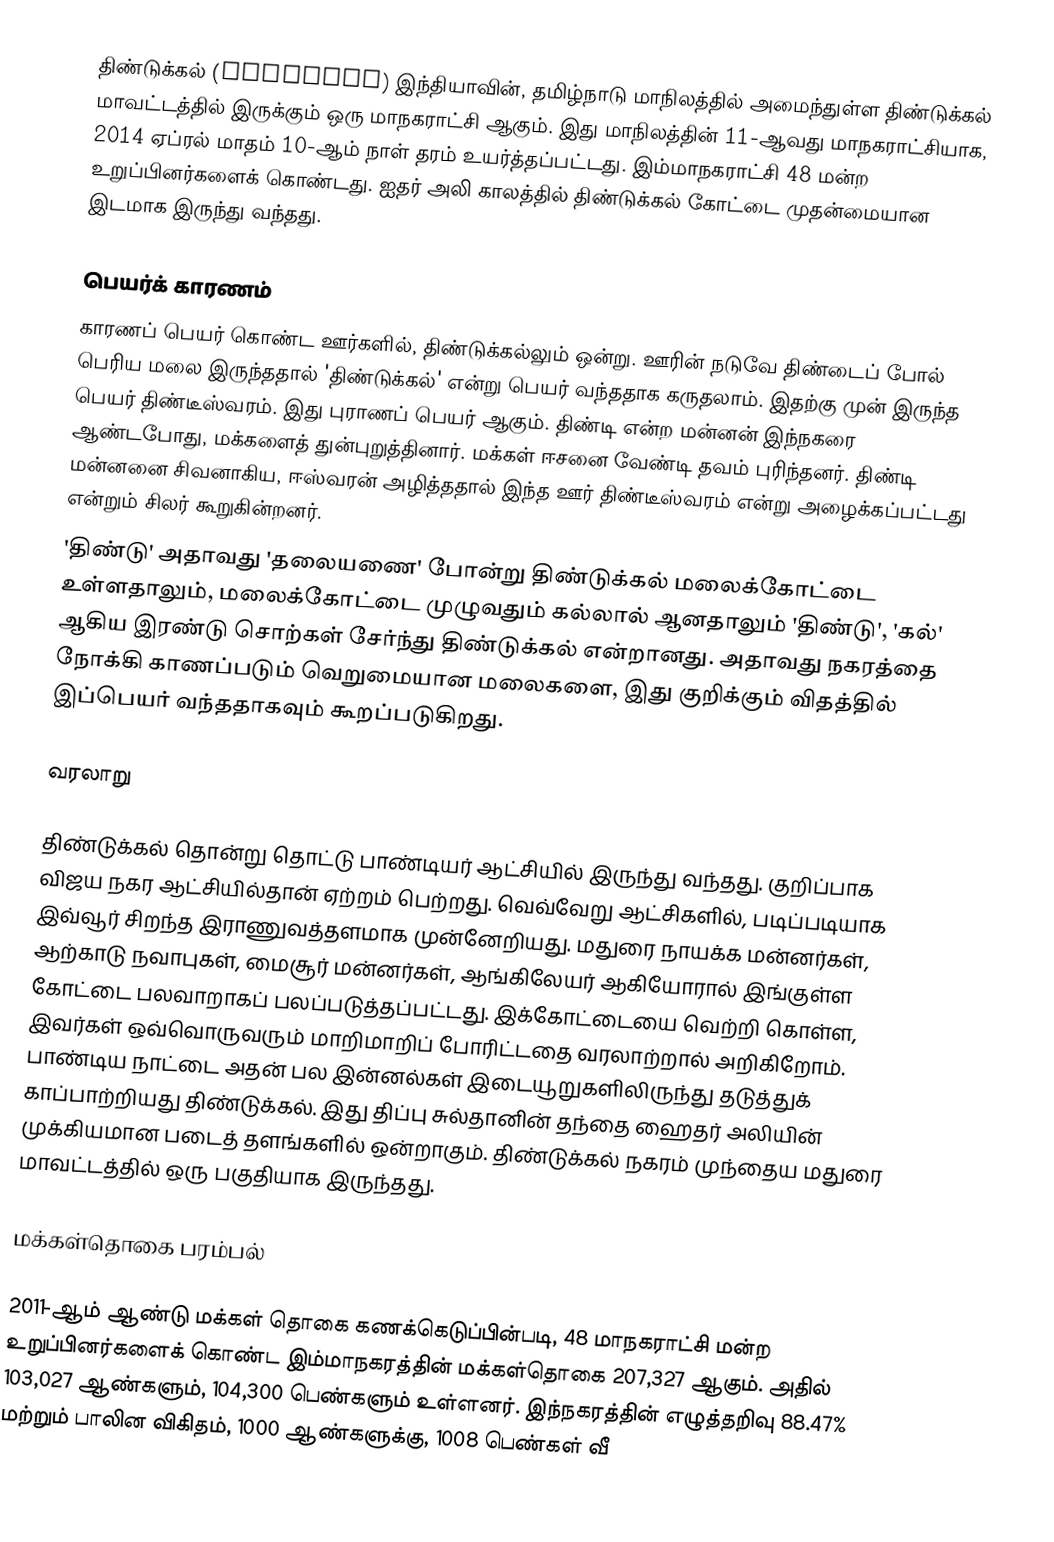
திண்டுக்கல் (Dindigul) இந்தியாவின், தமிழ்நாடு மாநிலத்தில் அமைந்துள்ள திண்டுக்கல் மாவட்டத்தில் இருக்கும் ஒரு மாநகராட்சி ஆகும். இது மாநிலத்தின் 11-ஆவது மாநகராட்சியாக, 2014 ஏப்ரல் மாதம் 10-ஆம் நாள் தரம் உயர்த்தப்பட்டது. இம்மாநகராட்சி 48 மன்ற உறுப்பினர்களைக் கொண்டது. ஐதர் அலி காலத்தில் திண்டுக்கல் கோட்டை முதன்மையான இடமாக இருந்து வந்தது.

பெயர்க் காரணம்
 காரணப் பெயர் கொண்ட ஊர்களில், திண்டுக்கல்லும் ஒன்று. ஊரின் நடுவே திண்டைப் போல் பெரிய மலை இருந்ததால் 'திண்டுக்கல்' என்று பெயர் வந்ததாக கருதலாம். இதற்கு முன் இருந்த பெயர் திண்டீஸ்வரம். இது புராணப் பெயர் ஆகும். திண்டி என்ற மன்னன் இந்நகரை ஆண்டபோது, மக்களைத் துன்புறுத்தினார். மக்கள் ஈசனை வேண்டி தவம் புரிந்தனர். திண்டி மன்னனை சிவனாகிய, ஈஸ்வரன் அழித்ததால் இந்த ஊர் திண்டீஸ்வரம் என்று அழைக்கப்பட்டது என்றும் சிலர் கூறுகின்றனர்.
 'திண்டு' அதாவது 'தலையணை' போன்று திண்டுக்கல் மலைக்கோட்டை உள்ளதாலும், மலைக்கோட்டை முழுவதும் கல்லால் ஆனதாலும் 'திண்டு', 'கல்' ஆகிய இரண்டு சொற்கள் சேர்ந்து திண்டுக்கல் என்றானது. அதாவது நகரத்தை நோக்கி காணப்படும் வெறுமையான மலைகளை, இது குறிக்கும் விதத்தில் இப்பெயர் வந்ததாகவும் கூறப்படுகிறது.

வரலாறு

திண்டுக்கல் தொன்று தொட்டு பாண்டியர் ஆட்சியில் இருந்து வந்தது. குறிப்பாக விஜய நகர ஆட்சியில்தான் ஏற்றம் பெற்றது. வெவ்வேறு ஆட்சிகளில், படிப்படியாக இவ்வூர் சிறந்த இராணுவத்தளமாக முன்னேறியது. மதுரை நாயக்க மன்னர்கள், ஆற்காடு நவாபுகள், மைசூர் மன்னர்கள், ஆங்கிலேயர் ஆகியோரால் இங்குள்ள கோட்டை பலவாறாகப் பலப்படுத்தப்பட்டது. இக்கோட்டையை வெற்றி கொள்ள, இவர்கள் ஒவ்வொருவரும் மாறிமாறிப் போரிட்டதை வரலாற்றால் அறிகிறோம். பாண்டிய நாட்டை அதன் பல இன்னல்கள் இடையூறுகளிலிருந்து தடுத்துக் காப்பாற்றியது திண்டுக்கல். இது திப்பு சுல்தானின் தந்தை ஹைதர் அலியின் முக்கியமான படைத் தளங்களில் ஒன்றாகும். திண்டுக்கல் நகரம் முந்தைய மதுரை மாவட்டத்தில் ஒரு பகுதியாக இருந்தது.

மக்கள்தொகை பரம்பல்

2011-ஆம் ஆண்டு மக்கள் தொகை கணக்கெடுப்பின்படி, 48 மாநகராட்சி மன்ற உறுப்பினர்களைக் கொண்ட இம்மாநகரத்தின் மக்கள்தொகை 207,327 ஆகும். அதில்  103,027 ஆண்களும், 104,300 பெண்களும் உள்ளனர். இந்நகரத்தின் எழுத்தறிவு 88.47%  மற்றும் பாலின விகிதம், 1000 ஆண்களுக்கு, 1008 பெண்கள் வீ